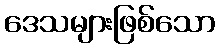
ဒေသများဖြစ်သော